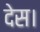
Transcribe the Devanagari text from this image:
देस।